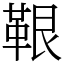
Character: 鞎